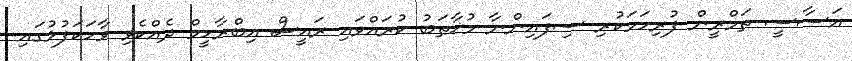
އަސާސީ ތަމްރީން ފުރިހަމަކުރި ސިފައިންނާ މުޚާޠަބު ކުރައްވައި ރައީސް އިބްރާހީމް ދެއްކެވި ވާހަކަފުޅުގައި